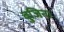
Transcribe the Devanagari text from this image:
बुजिना